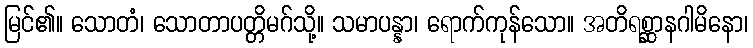
မြင်၏။ သောတံ၊ သောတာပတ္တိမဂ်သို့။ သမာပန္နာ၊ ရောက်ကုန်သော။ အတိရစ္ဆာနဂါမိနော၊